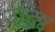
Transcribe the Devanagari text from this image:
उद्धिष्ठ